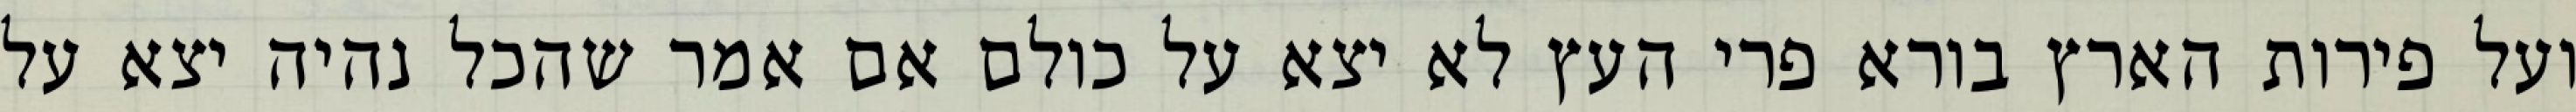
ועל פירות הארץ בורא פרי העץ לא יצא על כולם אם אמר שהכל נהיה יצא על